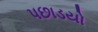
પછાડયો